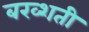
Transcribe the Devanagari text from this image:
बख्शती